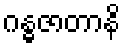
ဂန္ဓဇာတာနိ